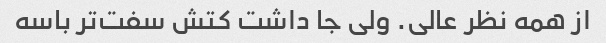
از همه نظر عالی. ولی جا داشت کتش‌ سفت‌تر باسه